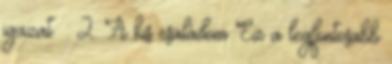
igazat. : 2. A kis családom Ez a legfontosabb